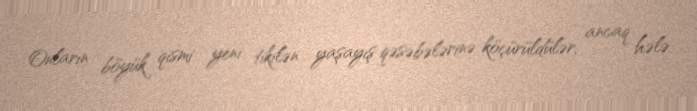
Onların böyük qismi yeni tikilən yaşayış qəsəbələrinə köçürüldülər, ancaq hələ